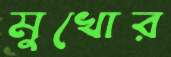
মুখোর